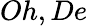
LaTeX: Oh,De